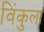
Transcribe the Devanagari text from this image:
विंकुला